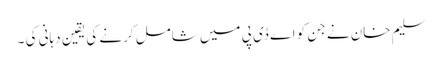
سلیم خان نے جن کو اے ڈی پی میں شامل کرنے کی یقین دہانی کی ۔